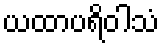
ယထာပရိဝါသံ